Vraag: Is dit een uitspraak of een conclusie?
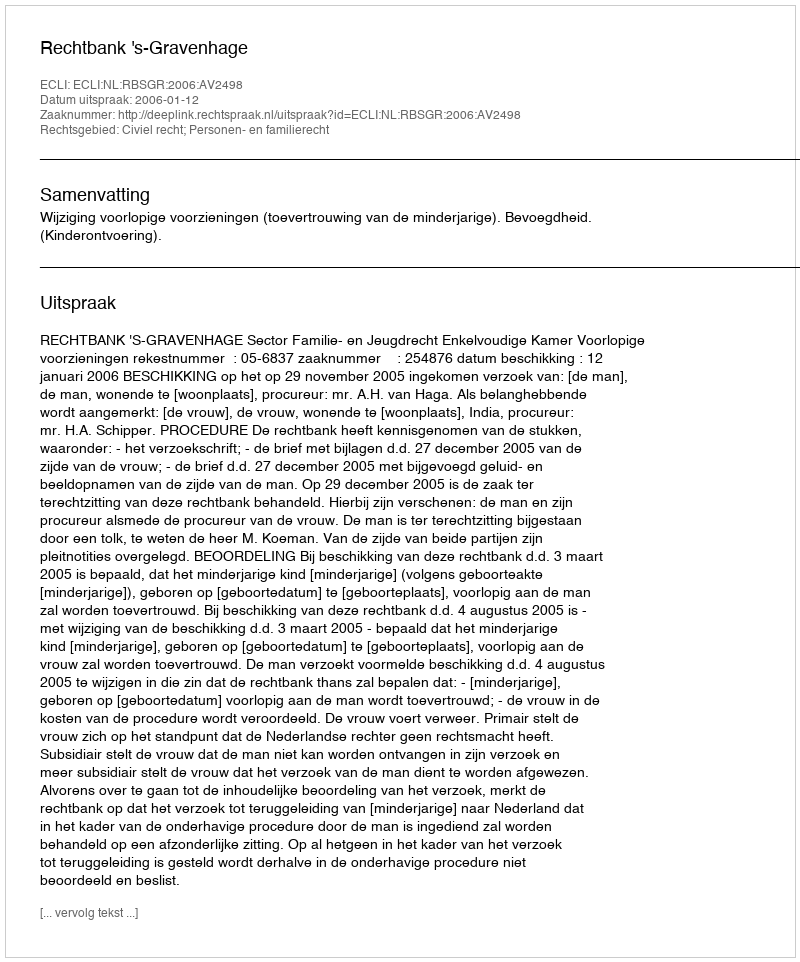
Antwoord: Uitspraak